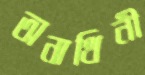
অনাথিনী